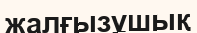
жалғызұшық